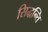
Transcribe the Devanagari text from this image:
सिद्धन्ति